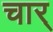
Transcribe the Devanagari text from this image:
चार्